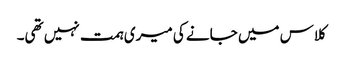
کلاس میں جانے کی میری ہمت نہیں تھی۔